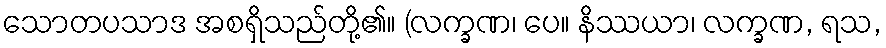
သောတပသာဒ အစရှိသည်တို့၏။ (လက္ခဏ၊ ပေ။ နိဿယာ၊ လက္ခဏ, ရသ,